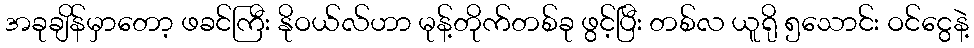
အခုချိန်မှာတော့ ဖခင်ကြီး နိုဝယ်လ်ဟာ မုန့်တိုက်တစ်ခု ဖွင့်ပြီး တစ်လ ယူရို ၅သောင်း ဝင်ငွေနဲ့